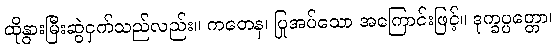
ထိုနွားမြီးဆွဲငှက်သည်လည်း။ ကတေန၊ ပြုအပ်သော အကြောင်းဖြင့်။ ဒုက္ခပ္ပတ္တော၊